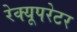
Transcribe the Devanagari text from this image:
रेक्यूपरेटर